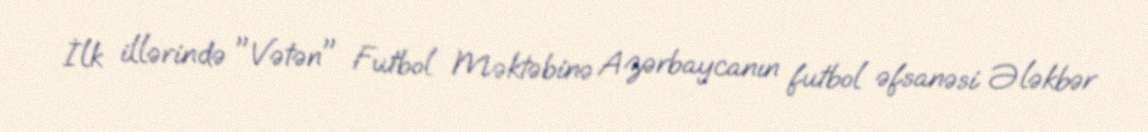
İlk illərində "Vətən" Futbol Məktəbinə Azərbaycanın futbol əfsanəsi Ələkbər